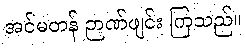
အင်မတန် ဉာဏ်ဖျင်း ကြသည်။